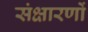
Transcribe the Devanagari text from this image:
संक्षारणों